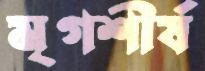
মৃগশীর্ষ